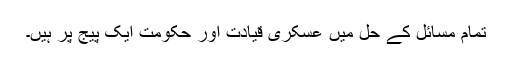
تمام مسائل کے حل میں عسکری قیادت اور حکومت ایک پیج پر ہیں۔